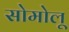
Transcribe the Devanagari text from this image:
सोमोलू